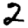
Digit: 2